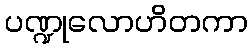
ပဏ္ဍုလောဟိတကာ